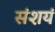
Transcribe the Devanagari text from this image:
संशयं